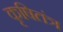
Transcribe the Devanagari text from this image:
कृषितंत्र